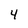
Character: 4